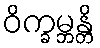
ဝိက္ခမ္ဘန္တိ